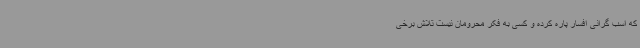
که اسب گرانی افسار پاره کرده و کسی به فکر محرومان نیست تلاش برخی